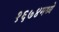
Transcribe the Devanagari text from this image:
१६७४मध्ये